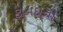
ફાયદાની